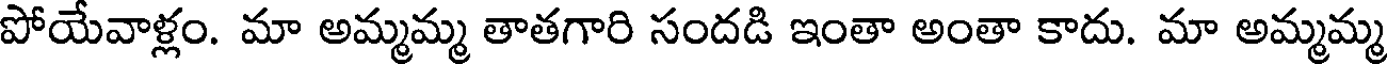
పోయేవాళ్లం. మా అమ్మమ్మ తాతగారి సందడి ఇంతా అంతా కాదు. మా అమ్మమ్మ